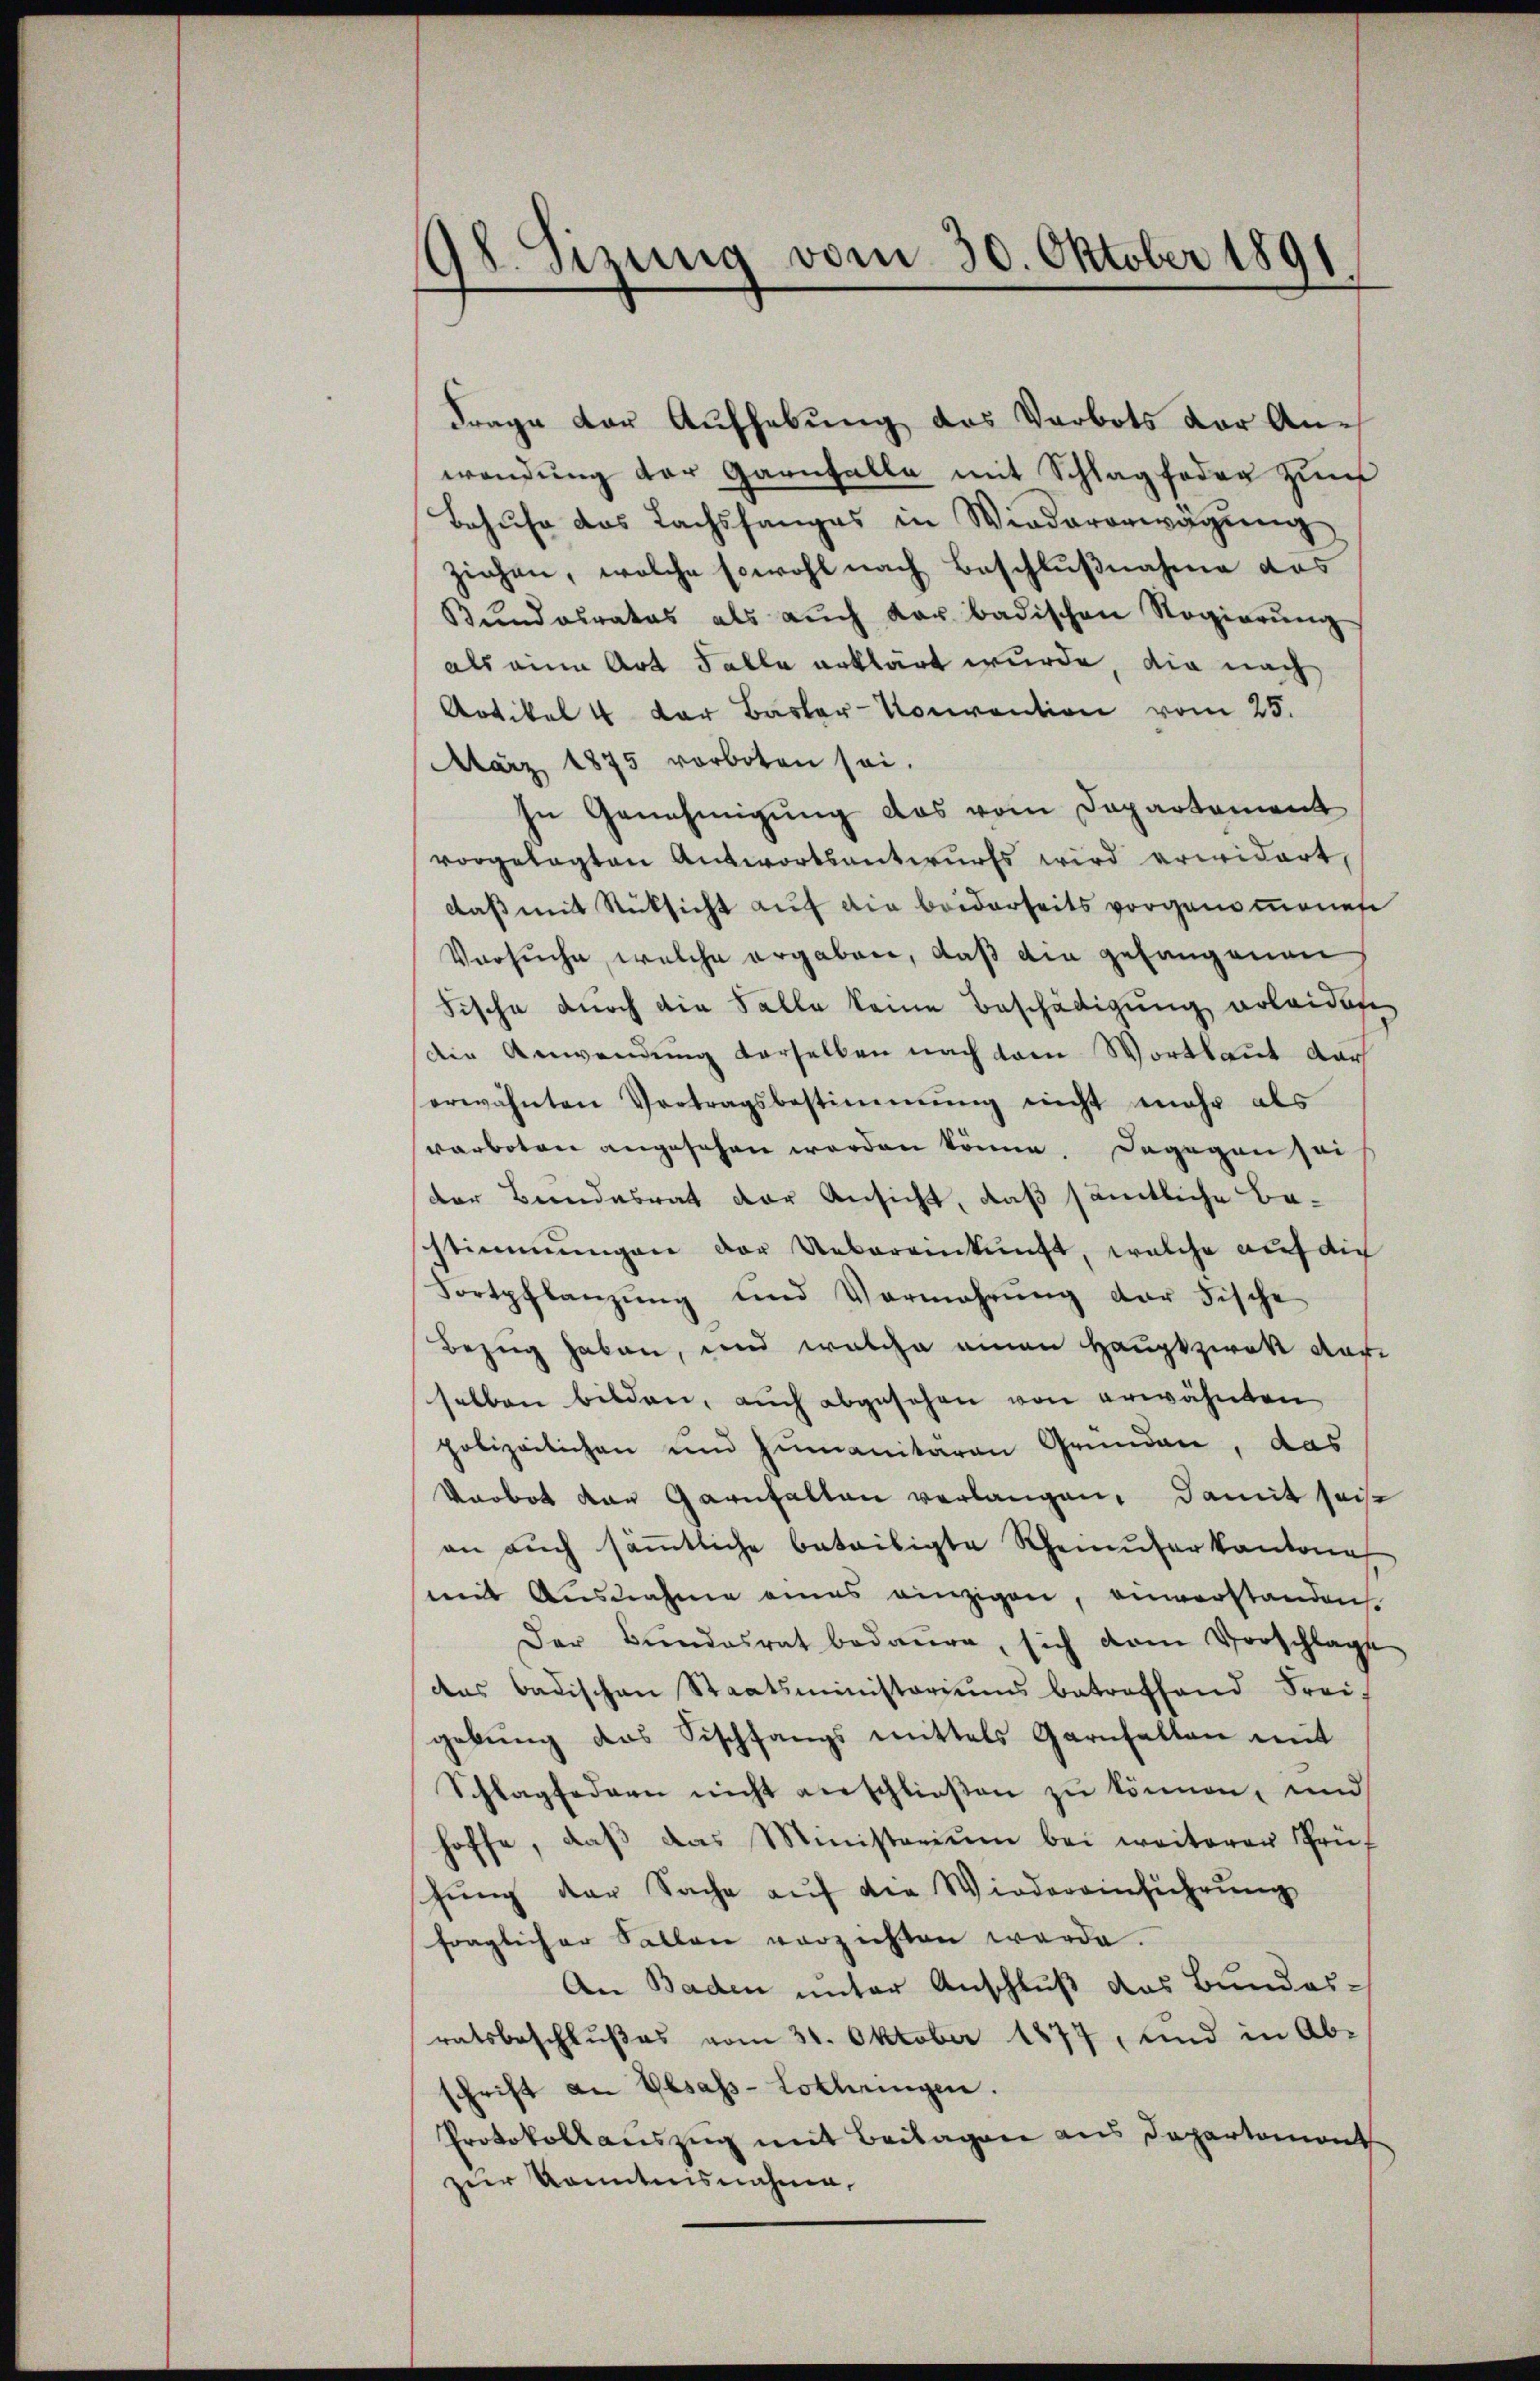
98. Sitzung vom 30. Oktober 1891

Frage der Aufhebung das Verbots der Anwendung der Garnfalle mit Schlag foder zum
Behufe das Lachsfanges in Wiedererwägung
ziehen, welche sowohl nach Beschlußnahme das
Bŭndesrates als aŭch dar badischen Regierŭng
als eine Art Falle erklärt wurde, die nach
Artikel 4 der Basler-Konvention vom 25.
März 1875 vorboten sei.
In Genehmigung das vom Departement
vorgelegten Antwortsantwurfs wird erwidert,
daß mit Rücksicht auf die beiderseits vorgenommenen
Versuche, welche ergaben, daß die gehangenen
Fische durch die Salle keine Beschädigung erleidete
die Anwendŭng derselben nach den Wortlaut dar
erwähnten Vortragsbestimmung nicht mehr als
varboten angesehen werden könne. Dagegen sei
der Bundesrat der Ansicht, daß sämtliche Besstimmungen der Uebereinkunft, welche auf dich
Fortpflanzŭng und Vermehrŭng der Fische
Bezug haben, und welche einen Hauptzwek darselben bilden, auch abgesehen von erwähnten
polizeilichen und Humanitären Grunden, das
Porbot der Garnhalten verlangen, damit seise
an auch sämtliche beteiligte Rheinuferkantona
mit Ausnahme eines einzigen, anverstanden
Der Bŭndesrat bedaure, sich vom Vorschlage
das Badischen Staatsministeriums betreffend Frei-
gebŭng das Fischfangs mittels Garnfallen mit
Schlagfedern nicht verschließen zu können, und
hoffe, daβ das Ministerium bei weiterer Prüf
schung der Sache auf die Wiedereinführung
fraglicher Fallen verzichten werde.
An Baden unter Anschluß des Bundes-
ratsbeschlußes vom 31. Oktober 1877, und in Ab-
schrift an Gesass-Lothringen.
Protokollauszug mit Beilagen aus Departemont
zur kanntnisnahme,